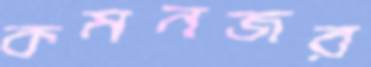
কমনজর